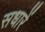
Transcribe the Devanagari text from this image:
सधारें